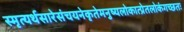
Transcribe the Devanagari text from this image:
स्मृत्यर्थसारेसंचयनेकृतेमनुष्यलोकात्प्रेतलोकंगच्छतः